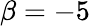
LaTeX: \beta=-5